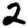
Digit: 2